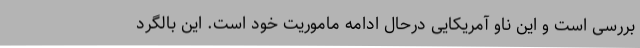
بررسی است و این ناو آمریکایی درحال ادامه ماموریت خود است. این بالگرد